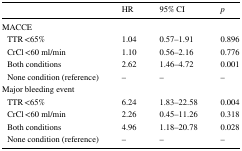
|  | HR | 95% CI | p |
 | --- | --- | --- | --- |
 | <COLSPAN=4> MACCE |
 | TTR <65% | 1.04 | 0.57–1.91 | 0.896 |
 | CrCl <60 ml/min | 1.10 | 0.56–2.16 | 0.776 |
 | Both conditions | 2.62 | 1.46–4.72 | 0.001 |
 | None condition (reference) | – | – | – |
 | <COLSPAN=4> Major bleeding event |
 | TTR <65% | 6.24 | 1.83–22.58 | 0.004 |
 | CrCl <60 ml/min | 2.26 | 0.45–11.26 | 0.318 |
 | Both conditions | 4.96 | 1.18–20.78 | 0.028 |
 | None condition (reference) | – | – | – |